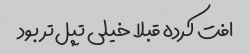
افت کرده قبلا خیلی تپل‌تر بود